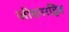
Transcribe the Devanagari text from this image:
जीवनरहित